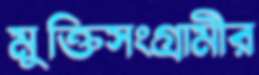
মুক্তিসংগ্রামীর